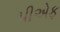
પીએફ